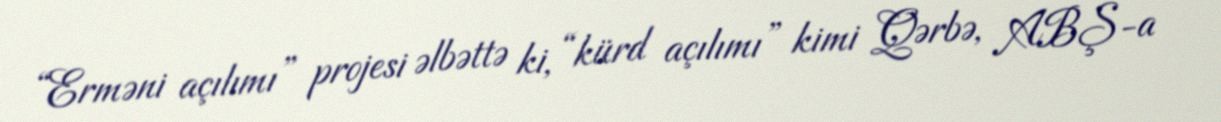
“Erməni açılımı” projesi əlbəttə ki, “kürd açılımı” kimi Qərbə, ABŞ-a